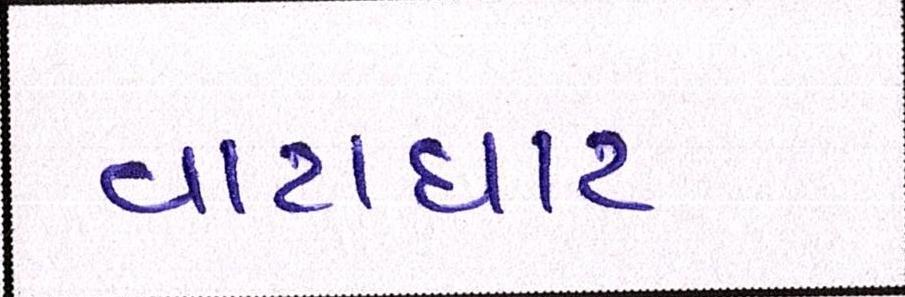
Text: વાટાઘાટ